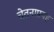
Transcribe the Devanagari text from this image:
चेतनाप्रवह